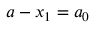
a - x _ { 1 } = a _ { 0 }